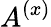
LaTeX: A^{(x)}